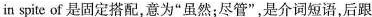
in spite of 是固定搭配,意为"虽然;尽管",是介词短语,后跟